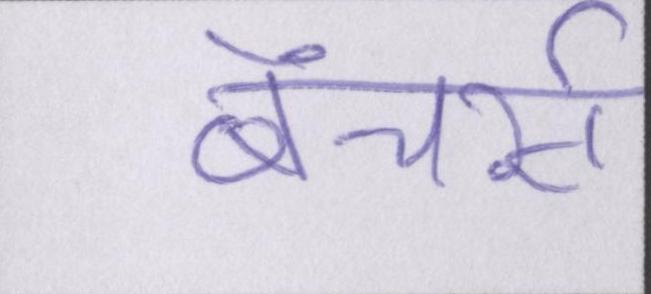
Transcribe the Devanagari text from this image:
बेंचर्स